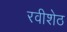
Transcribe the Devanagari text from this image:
रवीशेठ